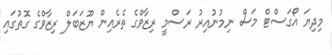
މިދިޔަ އޯގަސްޓް މަސް ނިމުނުއިރު ރަސްމީ ރިޒާވްގެ ތެރެއިން ޔޫޒަބަލް ރިޒާވްގެ ގޮތުގައި